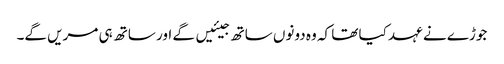
جوڑے نے عہد کیا تھا کہ وہ دونوں ساتھ جیئیں گے اور ساتھ ہی مریں گے۔